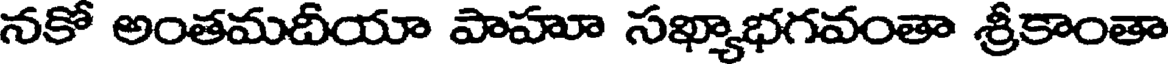
నకో అంతమదీయా పాహూ సఖ్యాభగవంతా శ్రీకాంతా